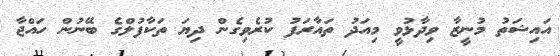
އައިޝަތު މުނީޒާ ވިދާޅުވީ މިއަދު ތައާރަފު ކުރެވިގެން ދިޔަ ތަކާފުލްގެ ބޭނުން ހައްޖާ